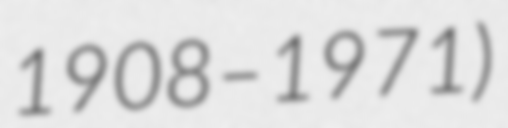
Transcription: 1908–1971)